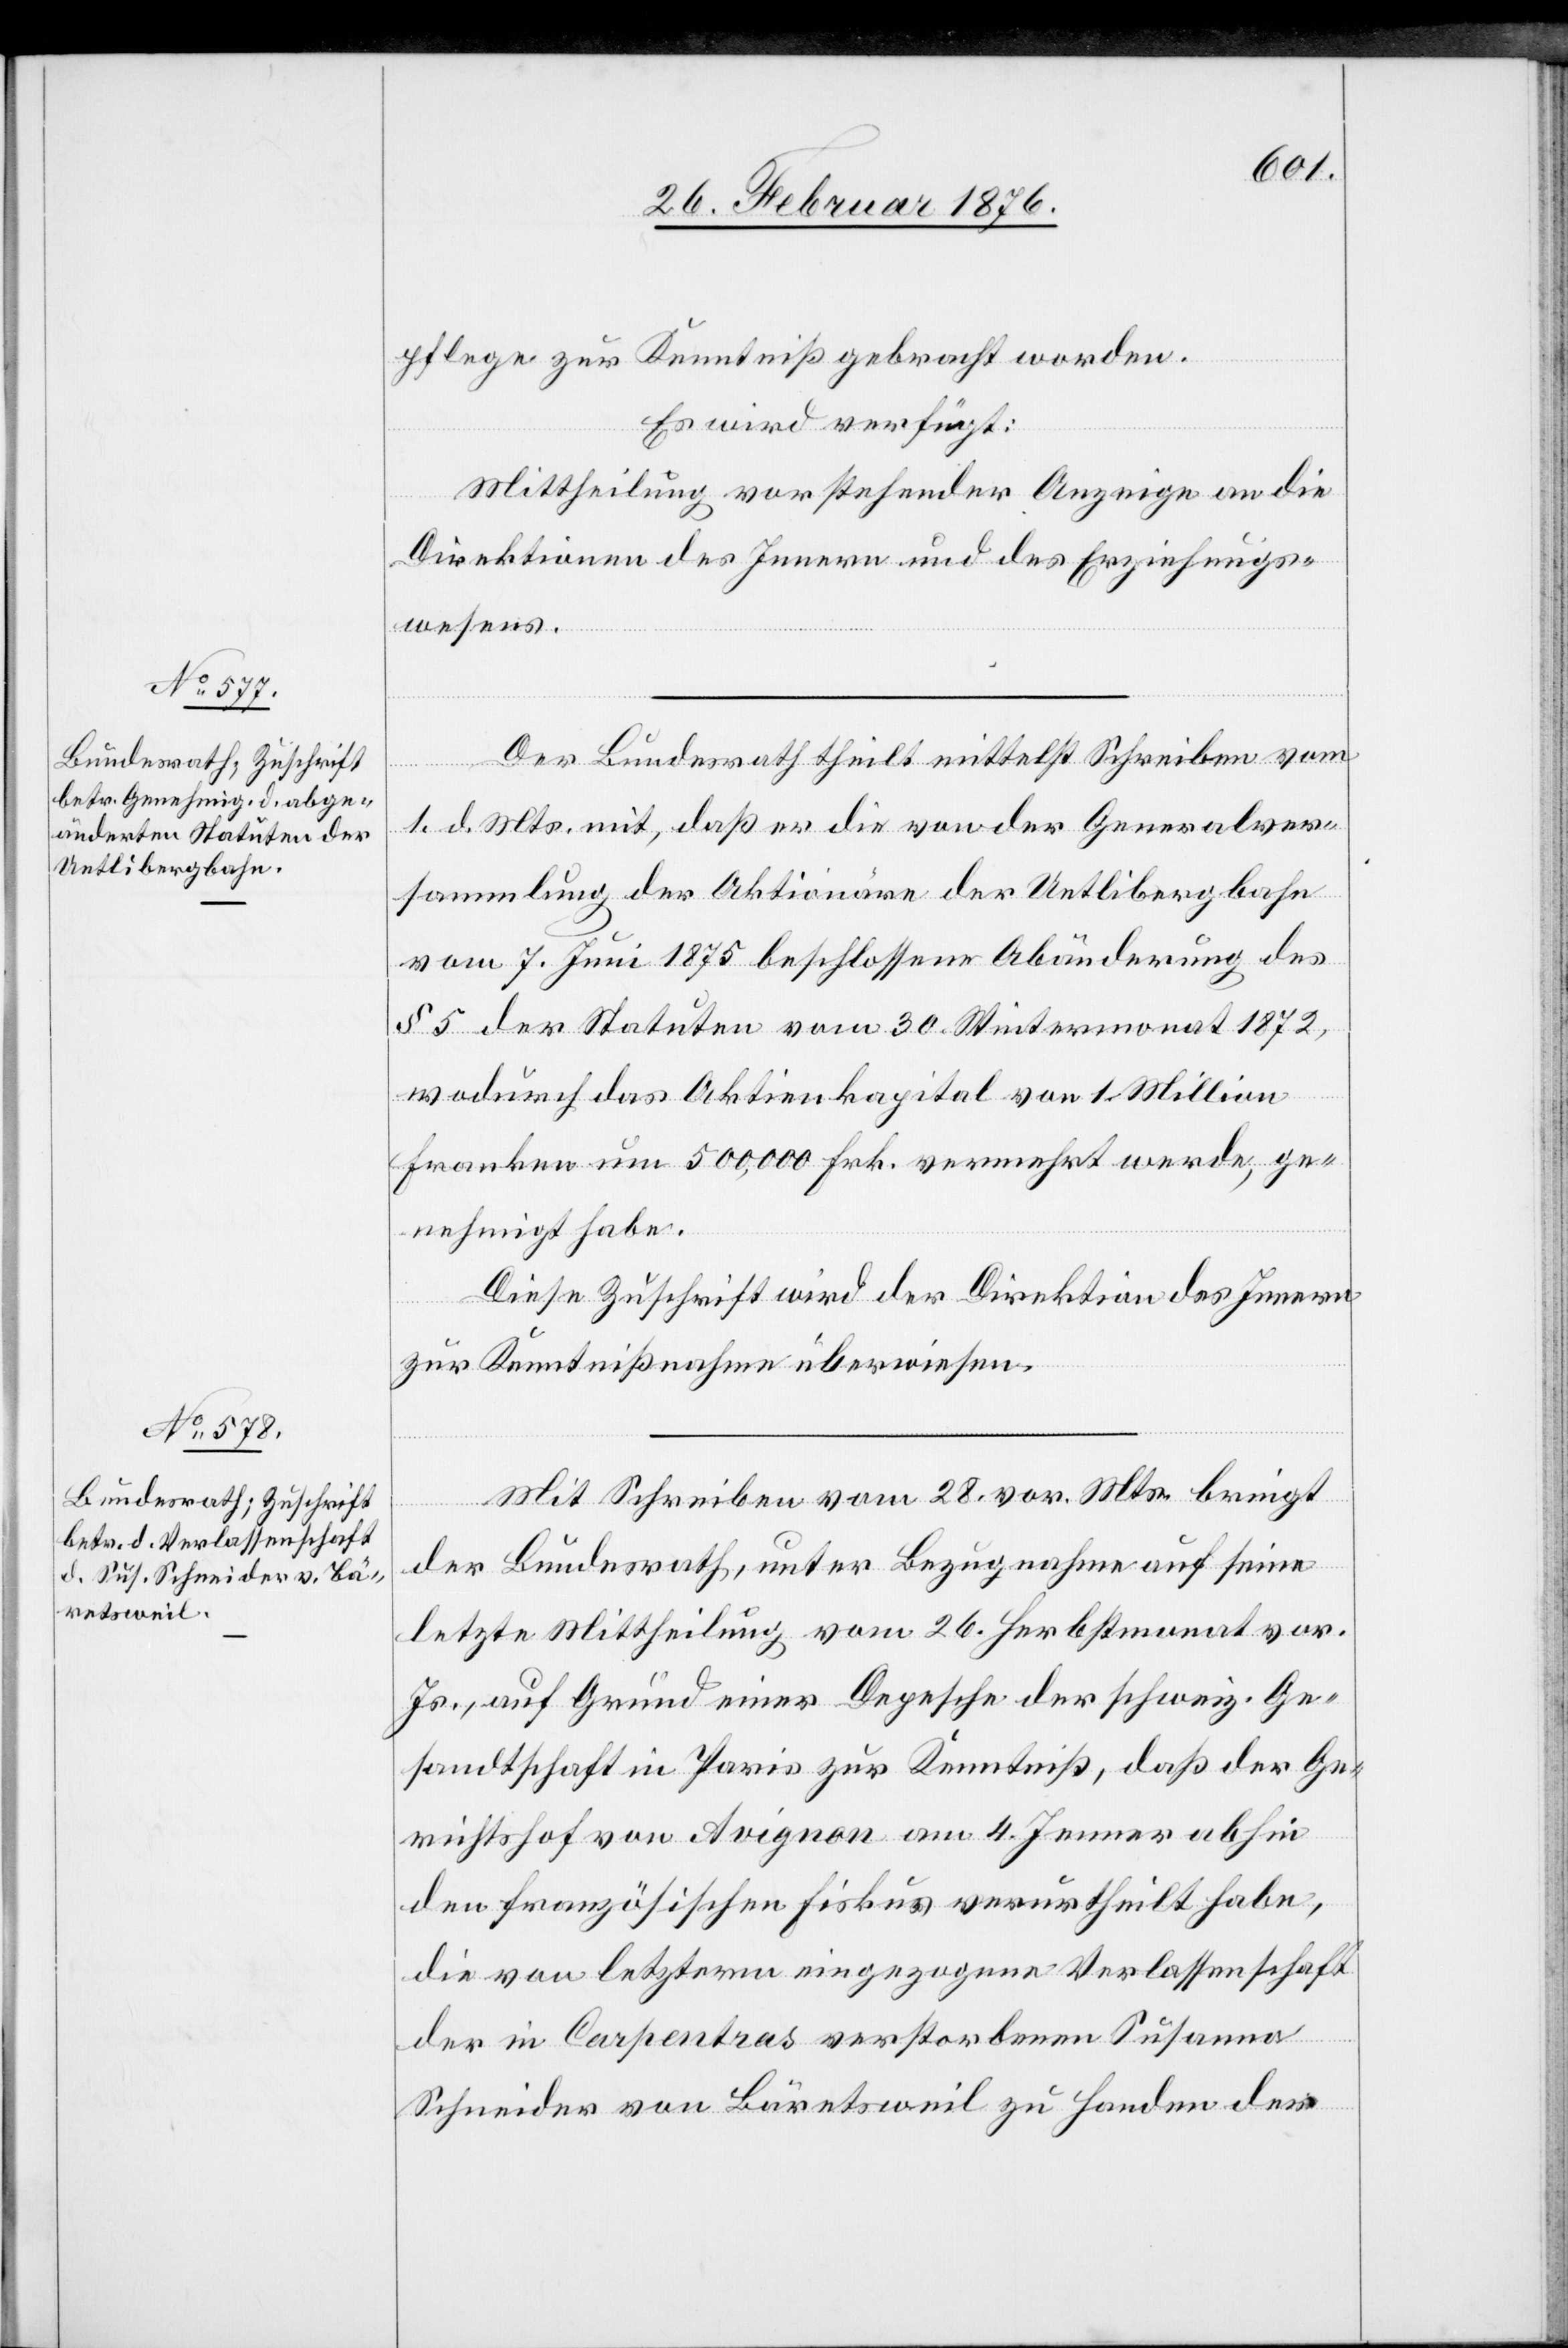
pflege zur Kenntniß gebracht worden.
Es wird verfügt:
Mittheilung vor stehender Anzeige an die
Direktionen des Innern und des Erziehungs¬
wesens.
Der Bundesrath theilt mittelst Schreiben vom
3.
1. d. Mts. mit, daß er die von der Generalver¬
sammlung der Aktionäre der Uetlibergbahn
vom 7. Juni 1875 beschlossene Abänderung des
§ 5 der Statuten vom 30. Wintermonat 1872,
wodurch das Aktienkapital von 1 Million
Franken um 500,000 Frk. vermehrt werde, ge¬
nehmigt habe.
Diese Zuschrift wird der Direktion des Innern
zur Kenntnißnahme überwiesen.
Mit Schreiben vom 28. vor. Mts. bringt
der Bundesrath, unter Bezugnahme auf seine
letzte Mittheilung vom 26. Herbstmonat vor.
Js., auf Grund einer Depesche der schweiz. Ge¬
sandtschaft in Paris zur Kenntniß, daß der Ge¬
richtshof von Avignon am 4. Jenner abhin
den französischen Fiskus verurtheilt habe,
die von letztern eingezogene Verlassenschaft
der in Carpentras verstorbenen Susanna
Schneider von Bäretsweil zu Handen des